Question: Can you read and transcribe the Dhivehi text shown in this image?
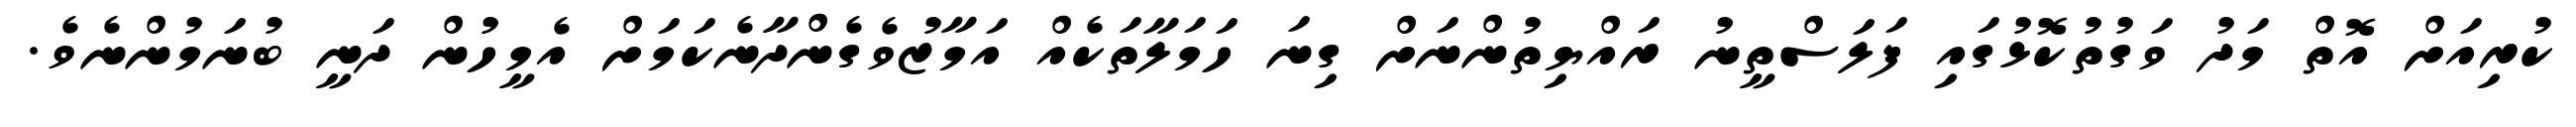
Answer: ކުރިއަށް އޮތް މަދު ވަގުތުކޮޅުގައި ފަލަސްތީނު ރައްޔިތުންނަށް ގިނަ ހަމަލާތަކެއް އަމާޒުވެގެންދާނެކަމަށް އެމީހުން ދަނީ ބުނަމުންނެވެ.